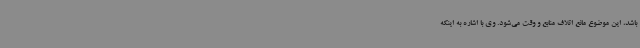
باشد، این موضوع مانع اتلاف منابع و وقت می‌شود. وی با اشاره به اینکه